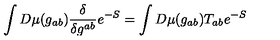
\int D \mu ( g _ { a b } ) \frac { \delta } { \delta g ^ { a b } } e ^ { - S } = \int D \mu ( g _ { a b } ) T _ { a b } e ^ { - S }